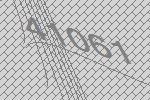
41061